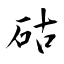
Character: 𥑮